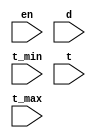
module test (input en, d, t_min, t, t_max);
    reg o;
    always @*
        if (en)
            o = #(t_min : t : t_max) ~d;
endmodule